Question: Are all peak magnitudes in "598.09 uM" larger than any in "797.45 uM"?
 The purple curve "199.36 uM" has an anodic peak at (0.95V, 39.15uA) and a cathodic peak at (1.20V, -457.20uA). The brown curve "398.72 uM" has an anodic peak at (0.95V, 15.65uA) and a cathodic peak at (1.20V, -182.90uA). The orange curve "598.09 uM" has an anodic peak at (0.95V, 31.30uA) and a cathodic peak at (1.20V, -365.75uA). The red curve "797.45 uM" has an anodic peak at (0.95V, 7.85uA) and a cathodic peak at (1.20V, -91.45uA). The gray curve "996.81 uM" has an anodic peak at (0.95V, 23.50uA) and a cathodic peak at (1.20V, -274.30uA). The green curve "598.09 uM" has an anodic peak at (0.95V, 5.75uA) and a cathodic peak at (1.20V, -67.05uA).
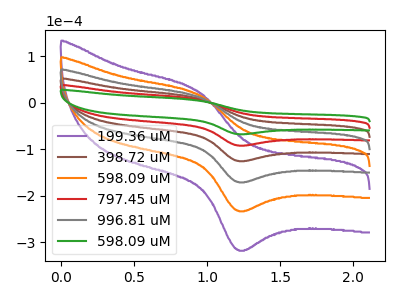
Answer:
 <answer>Every peak in "598.09 uM" is lower than every peak in "797.45 uM".</answer>
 <eval>lower</eval>